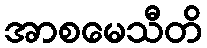
အာစမေသီတိ